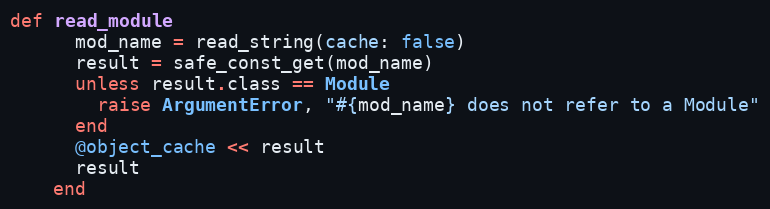
Language: Ruby
def read_module
      mod_name = read_string(cache: false)
      result = safe_const_get(mod_name)
      unless result.class == Module
        raise ArgumentError, "#{mod_name} does not refer to a Module"
      end
      @object_cache << result
      result
    end